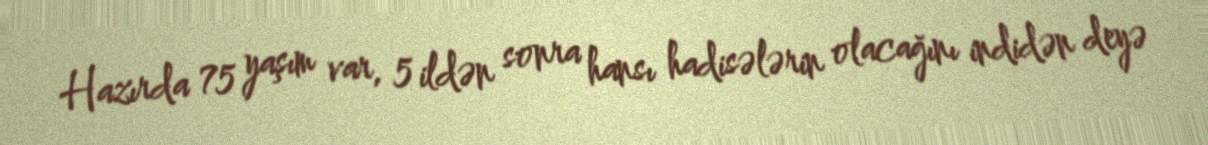
Hazırda 75 yaşım var, 5 ildən sonra hansı hadisələrin olacağını indidən deyə